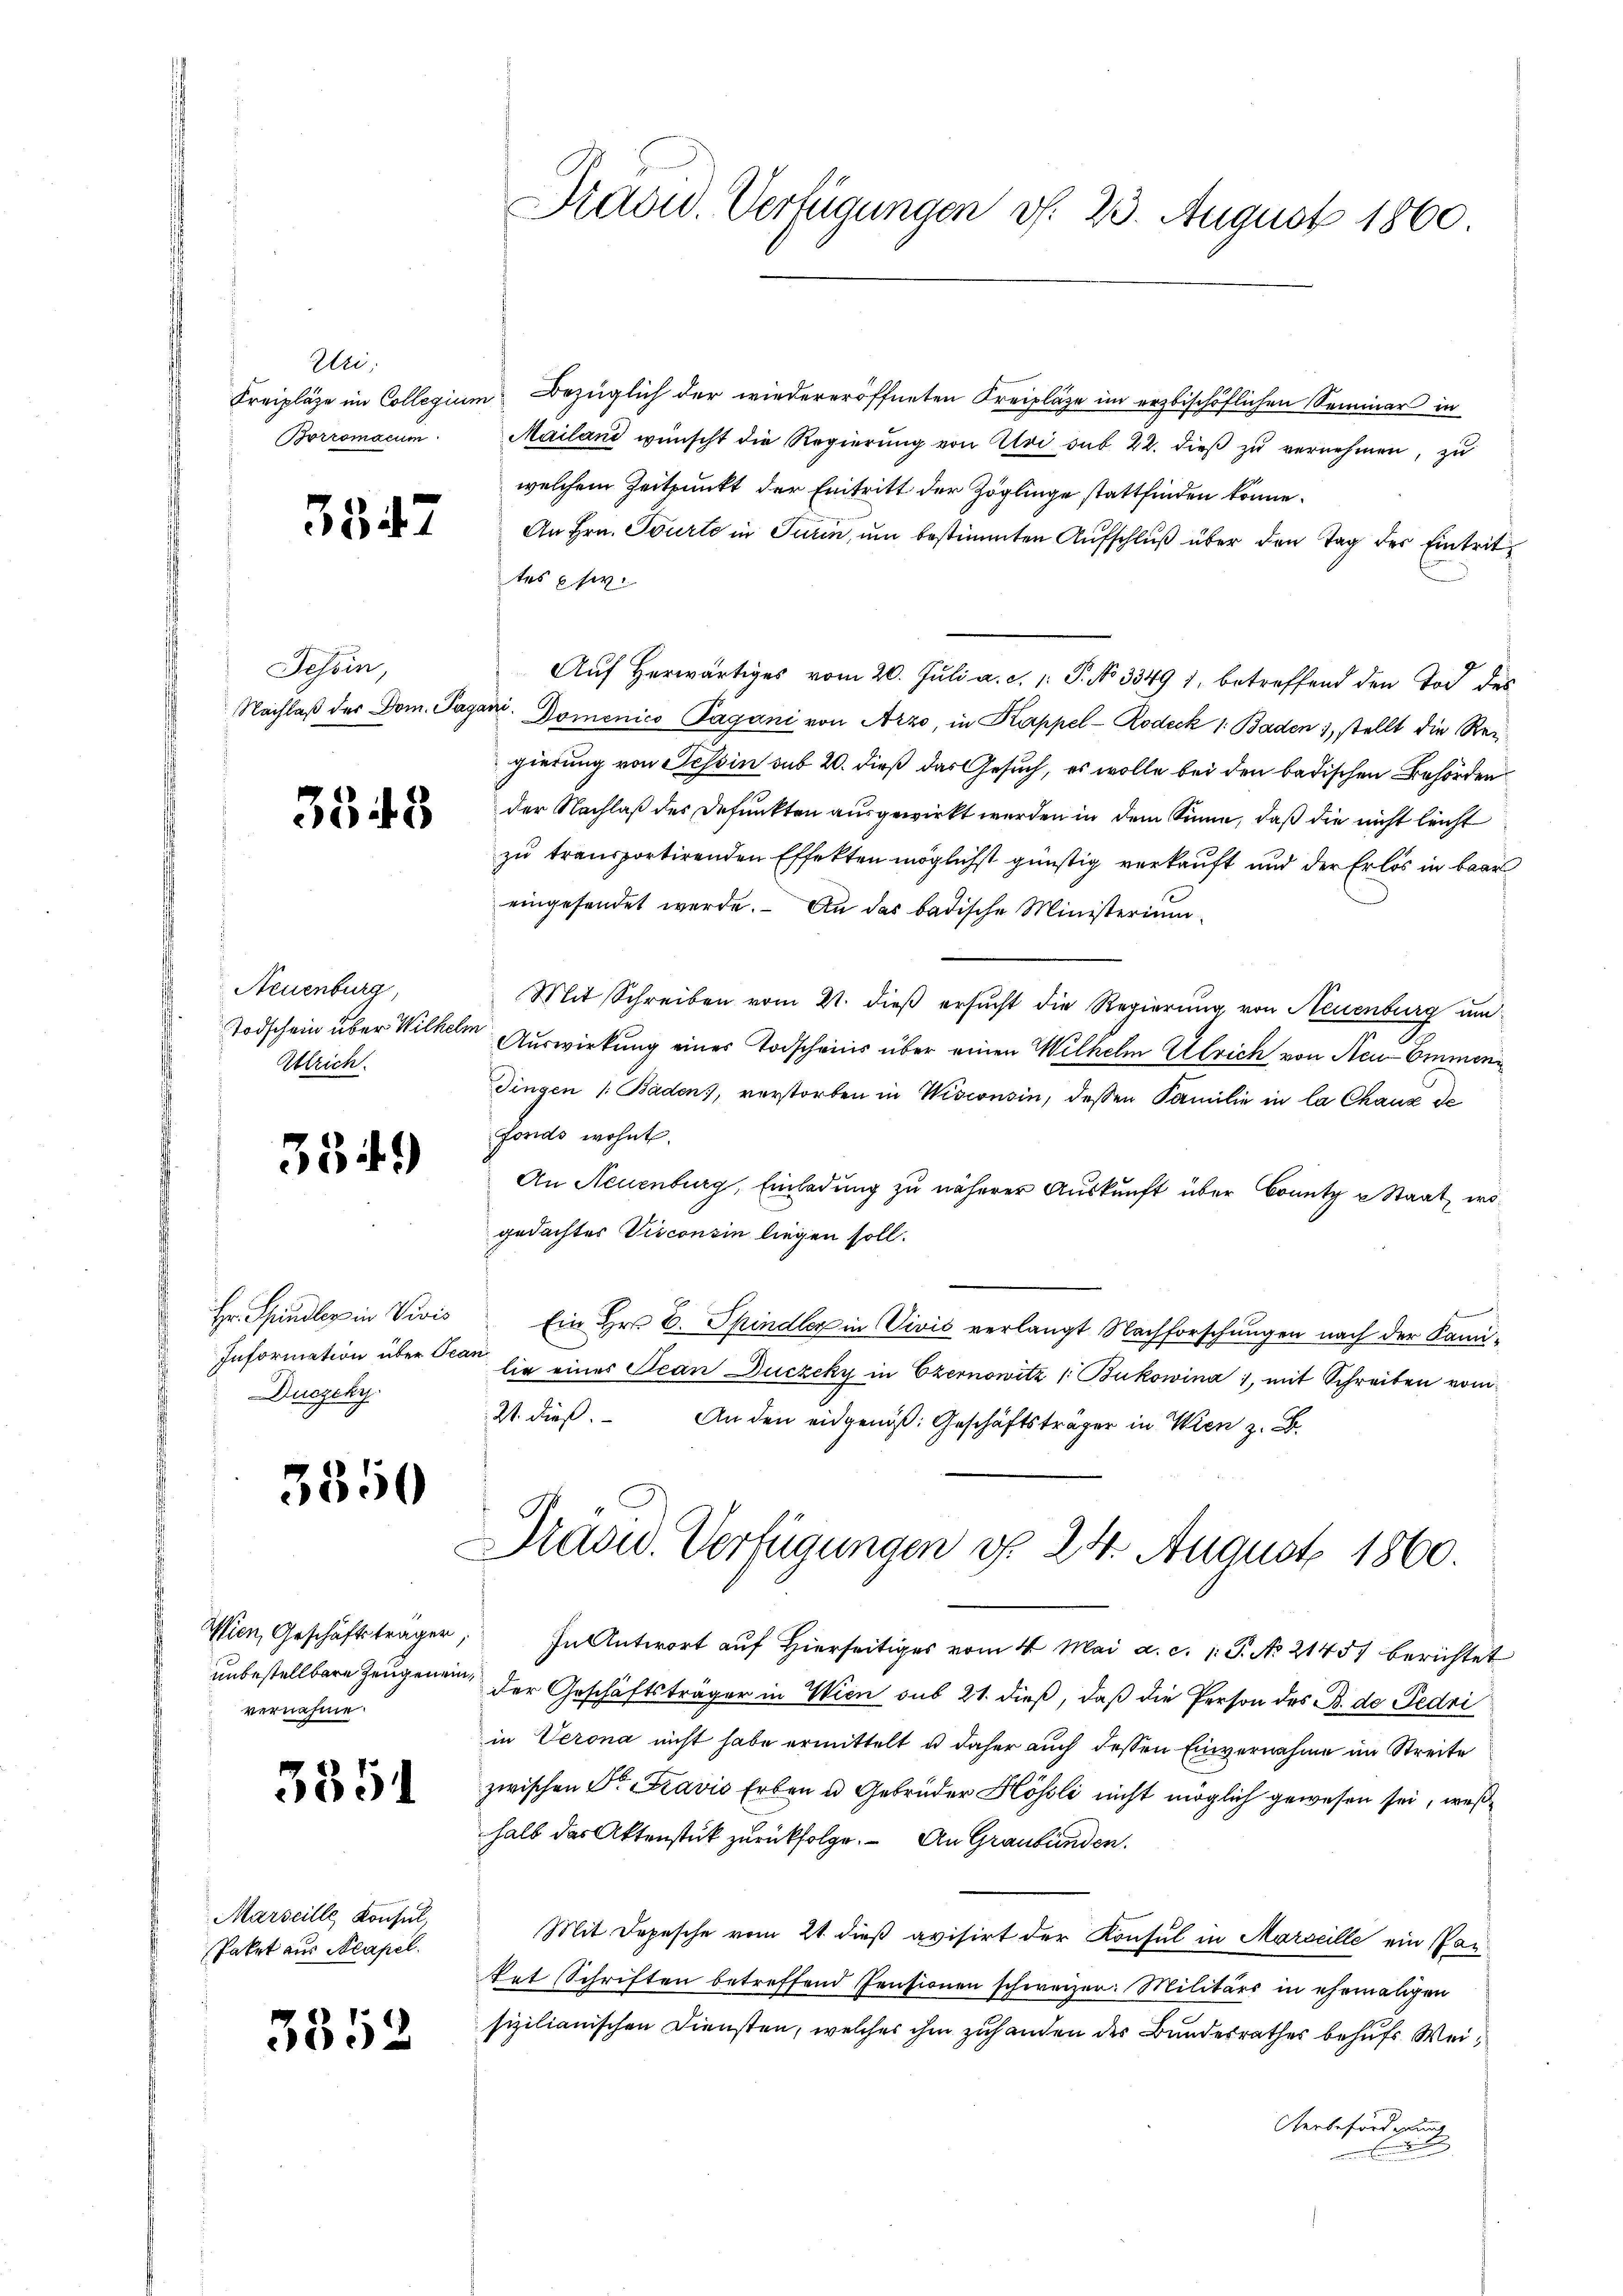
Uri:
Borromacum

5347

Gesoin,
Nachlaß des Dom. Pa

3548

Neuenburg,
Todschein über Wilhel
Alrich.

3349

Hr. Sprindler in Vivis
Information über Tec
Duczeky.

3350

Wien, Geschäftsträger
unbestellbare Zeugen ein
vernahme.

3351

Marseille Konsul,
Paket aus Neapel.

3352

Kreipläge im Collegium Bezüglich der wiedereröffneten Kreipläge im erzbischöflichen Seminar in
Mailand wünscht die Regierung von Aloi sub 22. dieß zu vernehmen, zu
welchem Zeitpunkt der Eintritt der Zöglinge stattfinden könne.
An Hrn. Tourte in Turin, um bestimmten Aufschluß über den Tag des Eintrittes usw.
Auf herwärtiges vom 20. Juli a. c. 1: P. No 3349 1, betreffend den Tod des
an. Domenico Pagani von Arzo, in Kappel-Rodeck 1. Baden 1, stellt die Reigierung von Tessin sub 20. dieß das Gesuch, es wolle bei den badischen Behörden
der Nachlaß des Defunkten ausgewirkt werden in dem Sinne, daß die nicht leicht
zu transportirenden Effekten möglichst günstig verkauft und der Erlös in baar
eingesendet werde. An das badische Ministerium
Mit Schreiben vom 21. dieß ersucht die Regierung von Neuenburg un
e
Auswirkung eines Todscheins über einen Wilhelm Ulrich von Aeu-Emmen
Dingen /: Baden, verstorben in Wisconsin, dessen Familie in la Chaux de
Fonds wohnt.
An Neuenburg, Einladung zu näherer Auskunft über konntz u Staat, wogedachtes Visconsin liegen soll.
Ein Hr. C. Spindler in Vivić verlangt Nachforschungen nach der Kami¬
248
lie eines Jean Duczeky in Czernowitz /: Bukowina, mit Schreiben vom
21. dieß. An den eidgenöß: Geschäftsträger in Wien z. B.
Dräsw. Verfügungen d. 24. August 1860.
In Antwort auf Hierseitiges vom 4. Mai a. c. 1: P. No 21451 berichtet
der Geschäftsträger in Wien sub 21. dieß, daß die Person des B. de Fedri
in Verona nicht habe ermittelt u daher auch dessen Einvernahme im Streite
zwischen Dr. Fravio Erben u Gebrüder Hösli nicht möglich gewesen sei, weßhalb das Aktenstük zurückfolge. An Graubünden.
Mit Depesche vom 21. dieß avisirt der Konsul in Marseille ein Partat Schriften betreffend Pensionen schweizer: Militärs in ehemaligen
sizilianischen Diensten, welches ihm zuhanden der Bundesrathes behufs Wei¬
Verbeförderung

Präsid. Verfügungen v. 23. August 1860.